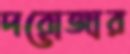
দরোজার